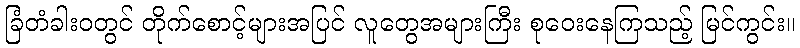
ခြံတံခါးဝတွင် တိုက်စောင့်များအပြင် လူတွေအများကြီး စုဝေးနေကြသည့် မြင်ကွင်း။